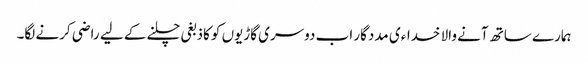
ہمارے ساتھ آنے والا خداءی مددگار اب دوسری گاڑیوں کو کاذبغی چلنے کے لیے راضی کرنے لگا۔